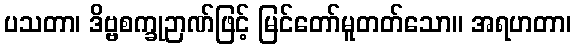
ပသတာ၊ ဒိဗ္ဗစက္ခုဉာဏ်ဖြင့် မြင်တော်မူတတ်သော။ အရဟတာ၊